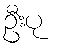
ဦးပု